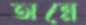
অন্নে